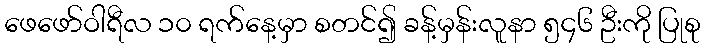
ဖေဖော်ဝါရီလ ၁၀ ရက်နေ့မှာ စတင်၍ ခန့်မှန်းလူနာ ၅၄၆ ဦးကို ပြုစု